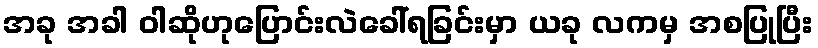
အခု အခါ ဝါဆိုဟုပြောင်းလဲခေါ်ရခြင်းမှာ ယခု လကမှ အစပြုပြီး